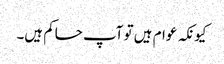
کیونکہ عوام ہیں تو آپ حاکم ہیں۔